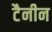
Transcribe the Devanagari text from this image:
टैनीन